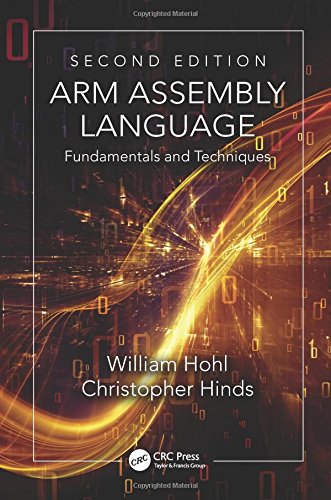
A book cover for ARM Assembly Language: Fundamentals and Techniques, Second Edition; William Hohl; Computers & Technology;